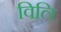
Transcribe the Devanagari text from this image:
विलि